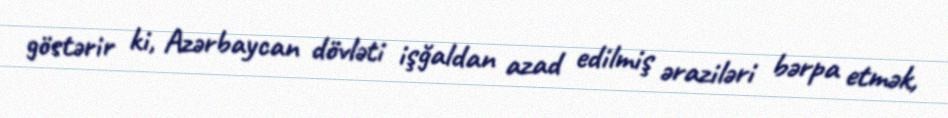
göstərir ki, Azərbaycan dövləti işğaldan azad edilmiş əraziləri bərpa etmək,